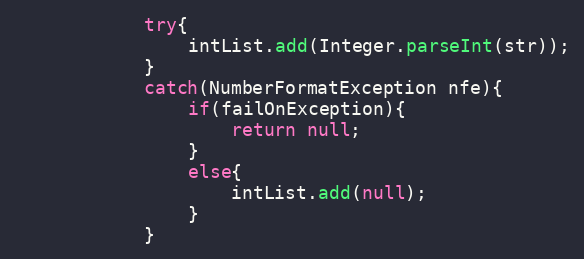
Language: Java
			try{
				intList.add(Integer.parseInt(str));
			}
			catch(NumberFormatException nfe){
				if(failOnException){
					return null;
				}
				else{
					intList.add(null);
				}
			}